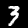
Label: 3